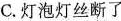
C.灯泡灯丝断了